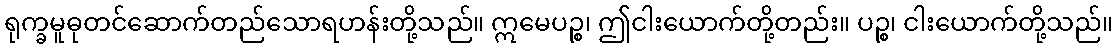
ရုက္ခမူဓုတင်ဆောက်တည်သောရဟန်းတို့သည်။ ဣမေပဉ္စ၊ ဤငါးယောက်တို့တည်း။ ပဉ္စ၊ ငါးယောက်တို့သည်။